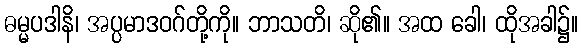
ဓမ္မပဒါနိ၊ အပ္ပမာဒဝဂ်တို့ကို။ ဘာသတိ၊ ဆို၏။ အထ ခေါ၊ ထိုအခါ၌။